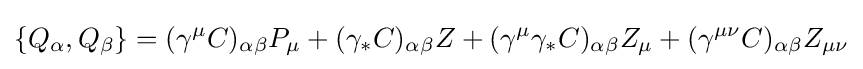
\{Q_{\alpha },Q_{\beta }\}=(\gamma ^{\mu }C)_{\alpha \beta }P_{\mu }+(\gamma _{*}C)_{\alpha \beta }Z+(\gamma ^{\mu }\gamma _{*}C)_{\alpha \beta }Z_{\mu }+(\gamma ^{\mu \nu }C)_{\alpha \beta }Z_{\mu \nu }